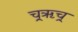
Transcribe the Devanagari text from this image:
च्र्ॠच्र्